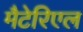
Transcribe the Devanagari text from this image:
मैटेरिएल